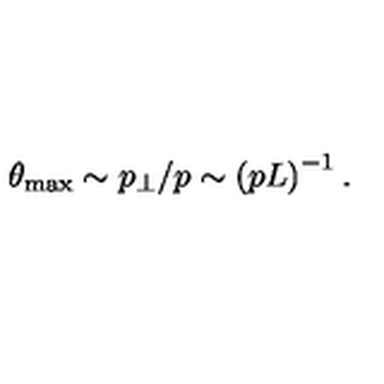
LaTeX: \theta _ { \max } \sim p _ { \perp } / p \sim \left( p L \right) ^ { - 1 } .